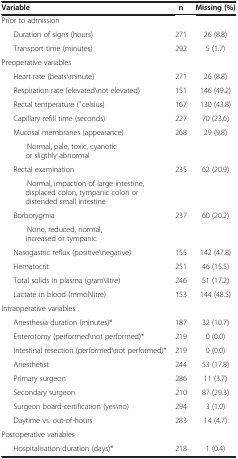
<table><thead><tr><td><b>Variable</b></td><td><b>n</b></td><td><b>Missing (%)</b></td></tr></thead><tbody><tr><td>Prior to admission</td><td> </td><td> </td></tr><tr><td>Duration of signs (hours)</td><td>271</td><td>26 (8.8)</td></tr><tr><td>Transport time (minutes)</td><td>292</td><td>5 (1.7)</td></tr><tr><td>Preoperative variables</td><td> </td><td> </td></tr><tr><td>Heart rate (beats\minute)</td><td>271</td><td>26 (8.8)</td></tr><tr><td>Respiration rate (elevated\not elevated)</td><td>151</td><td>146 (49.2)</td></tr><tr><td>Rectal temperature ( ̊celsius)</td><td>167</td><td>130 (43.8)</td></tr><tr><td>Capillary refill time (seconds)</td><td>227</td><td>70 (23.6)</td></tr><tr><td>Mucosal membranes (appearance)</td><td>268</td><td>29 (9.8)</td></tr><tr><td>Normal, pale, toxic, cyanotic or sligthly abnormal</td><td> </td><td> </td></tr><tr><td>Rectal examination</td><td>235</td><td>62 (20.9)</td></tr><tr><td>Normal, impaction of large intestine, displaced colon, tympanic colon or distended small intestine</td><td> </td><td> </td></tr><tr><td>Borborygmia</td><td>237</td><td>60 (20.2)</td></tr><tr><td>None, reduced, normal, increased or tympanic</td><td> </td><td> </td></tr><tr><td>Nasogastric reflux (positive\negative)</td><td>155</td><td>142 (47.8)</td></tr><tr><td>Hematocrit</td><td>251</td><td>46 (15.5)</td></tr><tr><td>Total solids in plasma (gram\litre)</td><td>246</td><td>51 (17.2)</td></tr><tr><td>Lactate in blood (mmol\litre)</td><td>153</td><td>144 (48.5)</td></tr><tr><td>Intraoperative variables</td><td> </td><td> </td></tr><tr><td>Anesthesia duration (minutes)*</td><td>187</td><td>32 (10.7)</td></tr><tr><td>Enterotomy (performed\not performed)*</td><td>219</td><td>0 (0.0)</td></tr><tr><td>Intestinal resection (performed\not performed)*</td><td>219</td><td>0 (0.0)</td></tr><tr><td>Anesthetist</td><td>244</td><td>53 (17.8)</td></tr><tr><td>Primary surgeon</td><td>286</td><td>11 (3.7)</td></tr><tr><td>Secondary surgeon</td><td>210</td><td>87 (29.3)</td></tr><tr><td>Surgeon board-certification (yes\no)</td><td>294</td><td>3 (1.0)</td></tr><tr><td>Daytime vs. out-of-hours</td><td>283</td><td>14 (4.7)</td></tr><tr><td>Postoperative variables</td><td> </td><td> </td></tr><tr><td>Hospitalisation duration (days)*</td><td>218</td><td>1 (0.4)</td></tr></tbody></table>